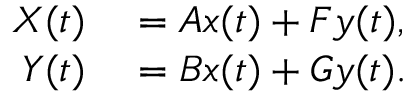
\begin{array} { r l } { X ( t ) } & { { } = A x ( t ) + F y ( t ) , } \\ { Y ( t ) } & { { } = B x ( t ) + G y ( t ) . } \end{array}